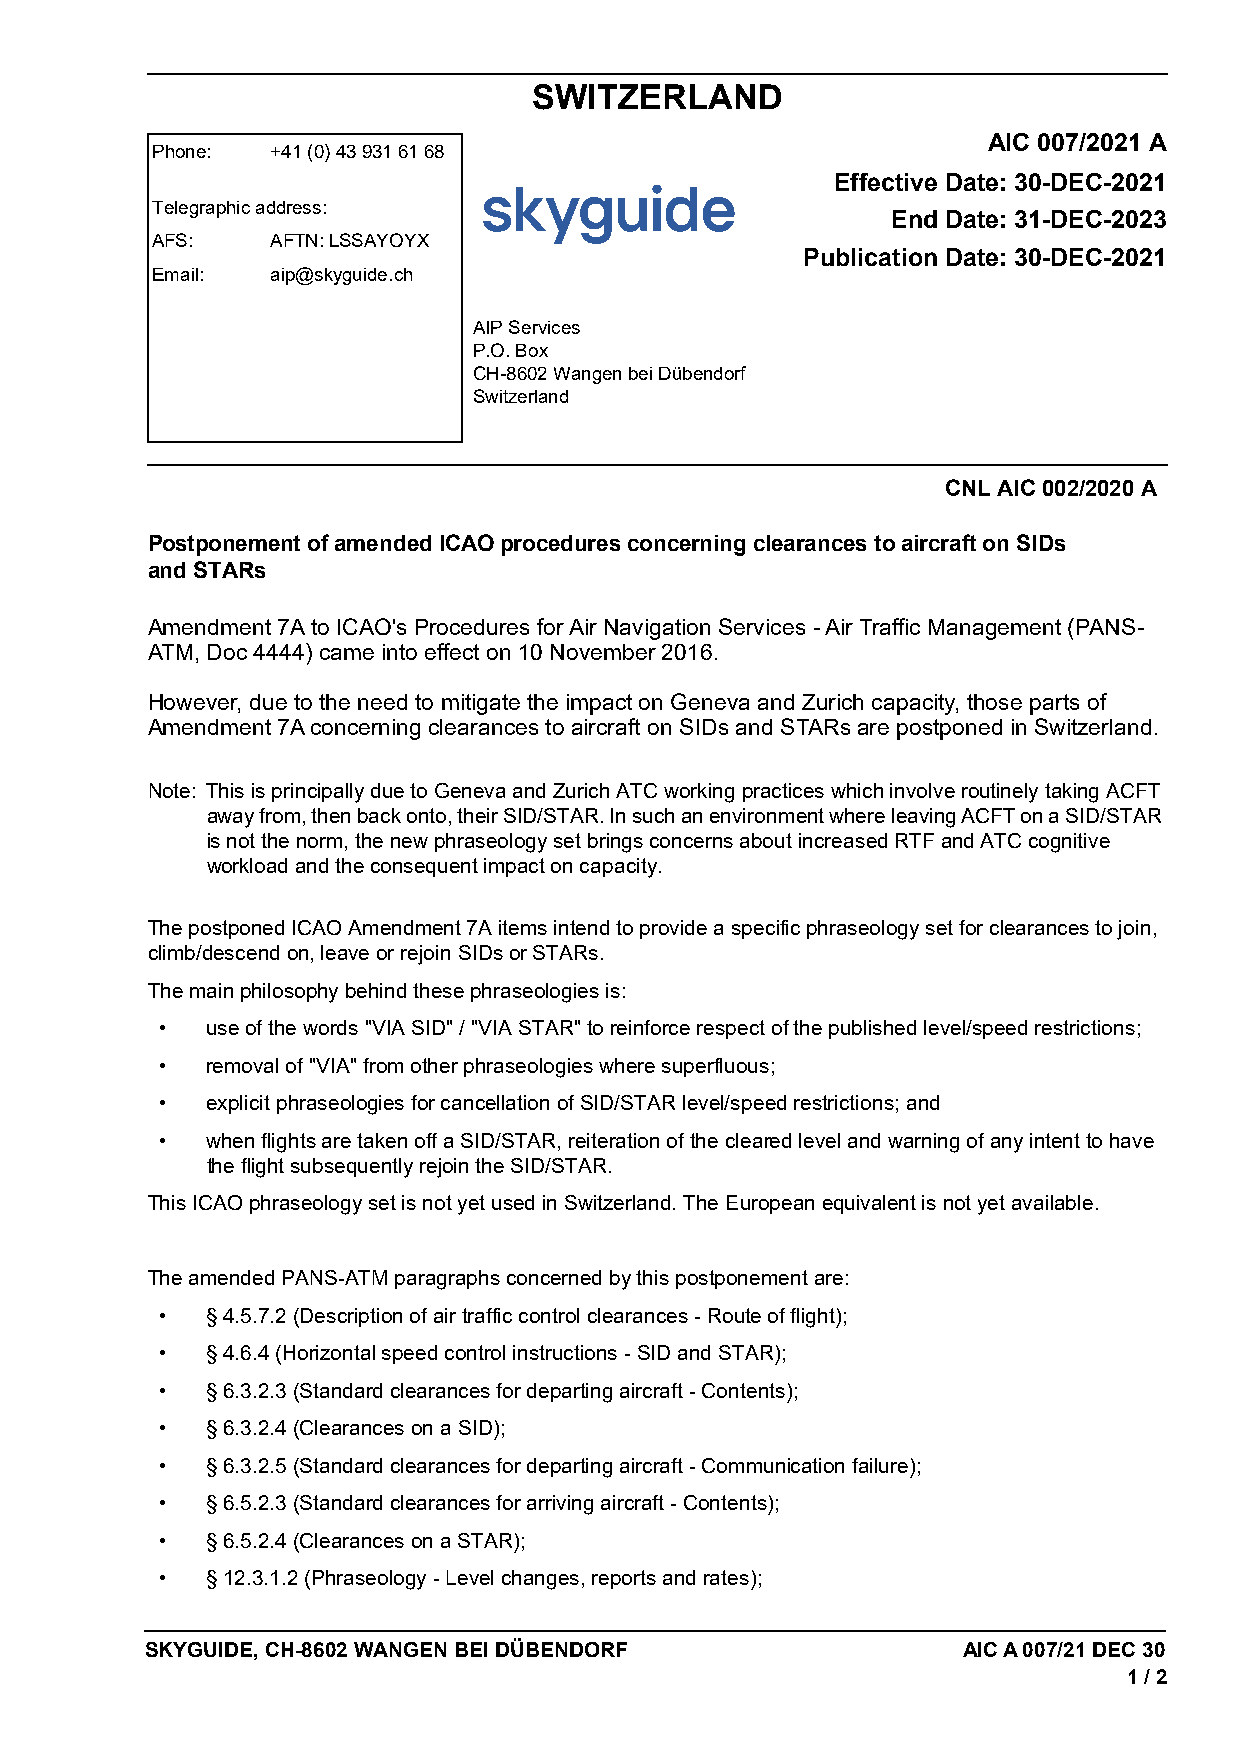
SWITZERLAND
 AIC 007/2021 A
 Phone:  +41 (0) 43 931 61 68
 Effective Date: 30-DEC-2021
 Telegraphic address:
 End Date: 31-DEC-2023
 AFS:    AFTN: LSSAYOYX
 Publication Date: 30-DEC-2021
 Email:  aip@skyguide.ch
 AIP Services
 P.O. Box
 CH-8602 Wangen bei Dübendorf
 Switzerland
 CNL AIC 002/2020 A
 Postponement of amended ICAO procedures concerning clearances to aircraft on SIDs
 and STARs
 Amendment 7A to ICAO's Procedures for Air Navigation Services - Air Traffic Management (PANS-
 ATM, Doc 4444) came into effect on 10 November 2016.
 However, due to the need to mitigate the impact on Geneva and Zurich capacity, those parts of
 Amendment 7A concerning clearances to aircraft on SIDs and STARs are postponed in Switzerland.
 Note: This is principally due to Geneva and Zurich ATC working practices which involve routinely taking ACFT
 away from, then back onto, their SID/STAR. In such an environment where leaving ACFT on a SID/STAR
 is not the norm, the new phraseology set brings concerns about increased RTF and ATC cognitive
 workload and the consequent impact on capacity.
 The postponed ICAO Amendment 7A items intend to provide a specific phraseology set for clearances to join,
 climb/descend on, leave or rejoin SIDs or STARs.
 The main philosophy behind these phraseologies is:
 •  use of the words "VIA SID" / "VIA STAR" to reinforce respect of the published level/speed restrictions;
 •  removal of "VIA" from other phraseologies where superfluous;
 •  explicit phraseologies for cancellation of SID/STAR level/speed restrictions; and
 •  when flights are taken off a SID/STAR, reiteration of the cleared level and warning of any intent to have
 the flight subsequently rejoin the SID/STAR.
 This ICAO phraseology set is not yet used in Switzerland. The European equivalent is not yet available.
 The amended PANS-ATM paragraphs concerned by this postponement are:
 •  § 4.5.7.2 (Description of air traffic control clearances - Route of flight);
 •  § 4.6.4 (Horizontal speed control instructions - SID and STAR);
 •  § 6.3.2.3 (Standard clearances for departing aircraft - Contents);
 •  § 6.3.2.4 (Clearances on a SID);
 •  § 6.3.2.5 (Standard clearances for departing aircraft - Communication failure);
 •  § 6.5.2.3 (Standard clearances for arriving aircraft - Contents);
 •  § 6.5.2.4 (Clearances on a STAR);
 •  § 12.3.1.2 (Phraseology - Level changes, reports and rates);
 SKYGUIDE, CH-8602 WANGEN BEI DÜBENDORF                AIC A 007/21 DEC 30
 1 / 2